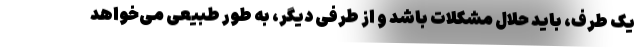
یک طرف، باید حلاّل مشکلات باشد و از طرفی دیگر، به طور طبیعی می‌خواهد